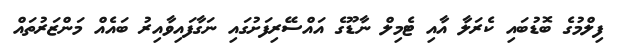
ފިލްމުގެ ބޮޑުބައި ކެރަލާ އާއި ޓެމިލް ނާޑޫގެ އައްސޭރިފަށުގައި ނަގާފައިވާއިރު ބައެއް މަންޒަރުތައް